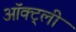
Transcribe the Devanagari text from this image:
ऑक्ट्ली